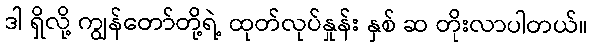
ဒါ ရှိလို့ ကျွန်တော်တို့ရဲ့ ထုတ်လုပ်နှုန်း နှစ် ဆ တိုးလာပါတယ်။